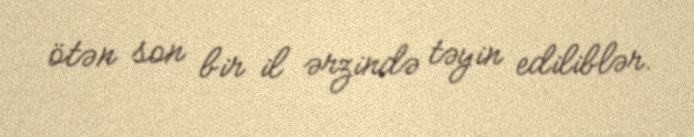
ötən son bir il ərzində təyin ediliblər.